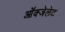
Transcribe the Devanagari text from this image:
ऑक्‍जेलेट